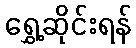
ရွှေ့ဆိုင်းရန်